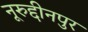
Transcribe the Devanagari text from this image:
नूरुद्दीनपुर